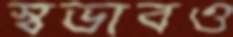
স্বভাবও